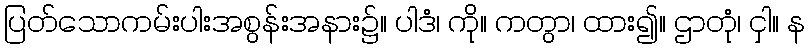
ပြတ်သောကမ်းပါးအစွန်းအနား၌။ ပါဒံ၊ ကို။ ကတွာ၊ ထား၍။ ဌာတုံ၊ ငှါ။ န